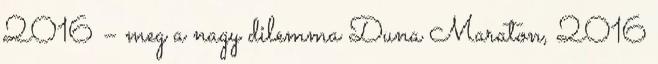
2016 – meg a nagy dilemma Duna Maraton, 2016